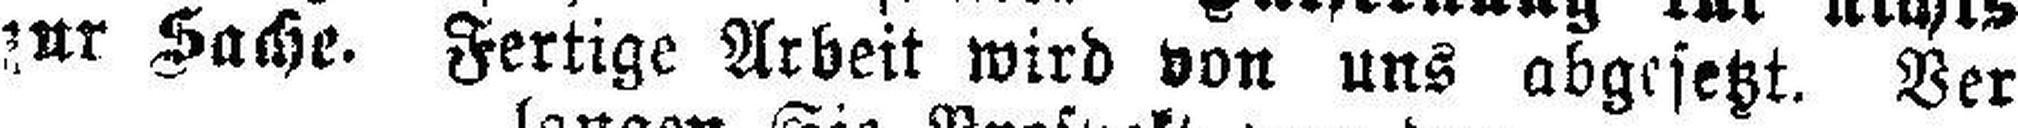
zur Sache. Fertige Arbeit wird von uns abgesetzt. Ver